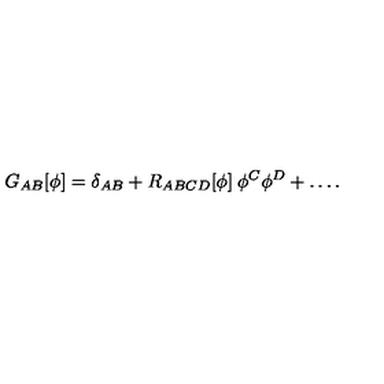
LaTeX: G _ { A B } [ \phi ] = \delta _ { A B } + R _ { A B C D } [ \phi ] \: \phi ^ { C } \phi ^ { D } + \ldots .